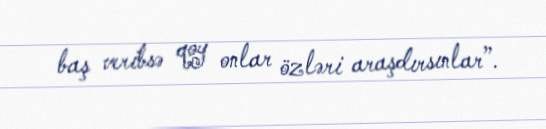
baş veribsə qoy onlar özləri araşdırsınlar”.